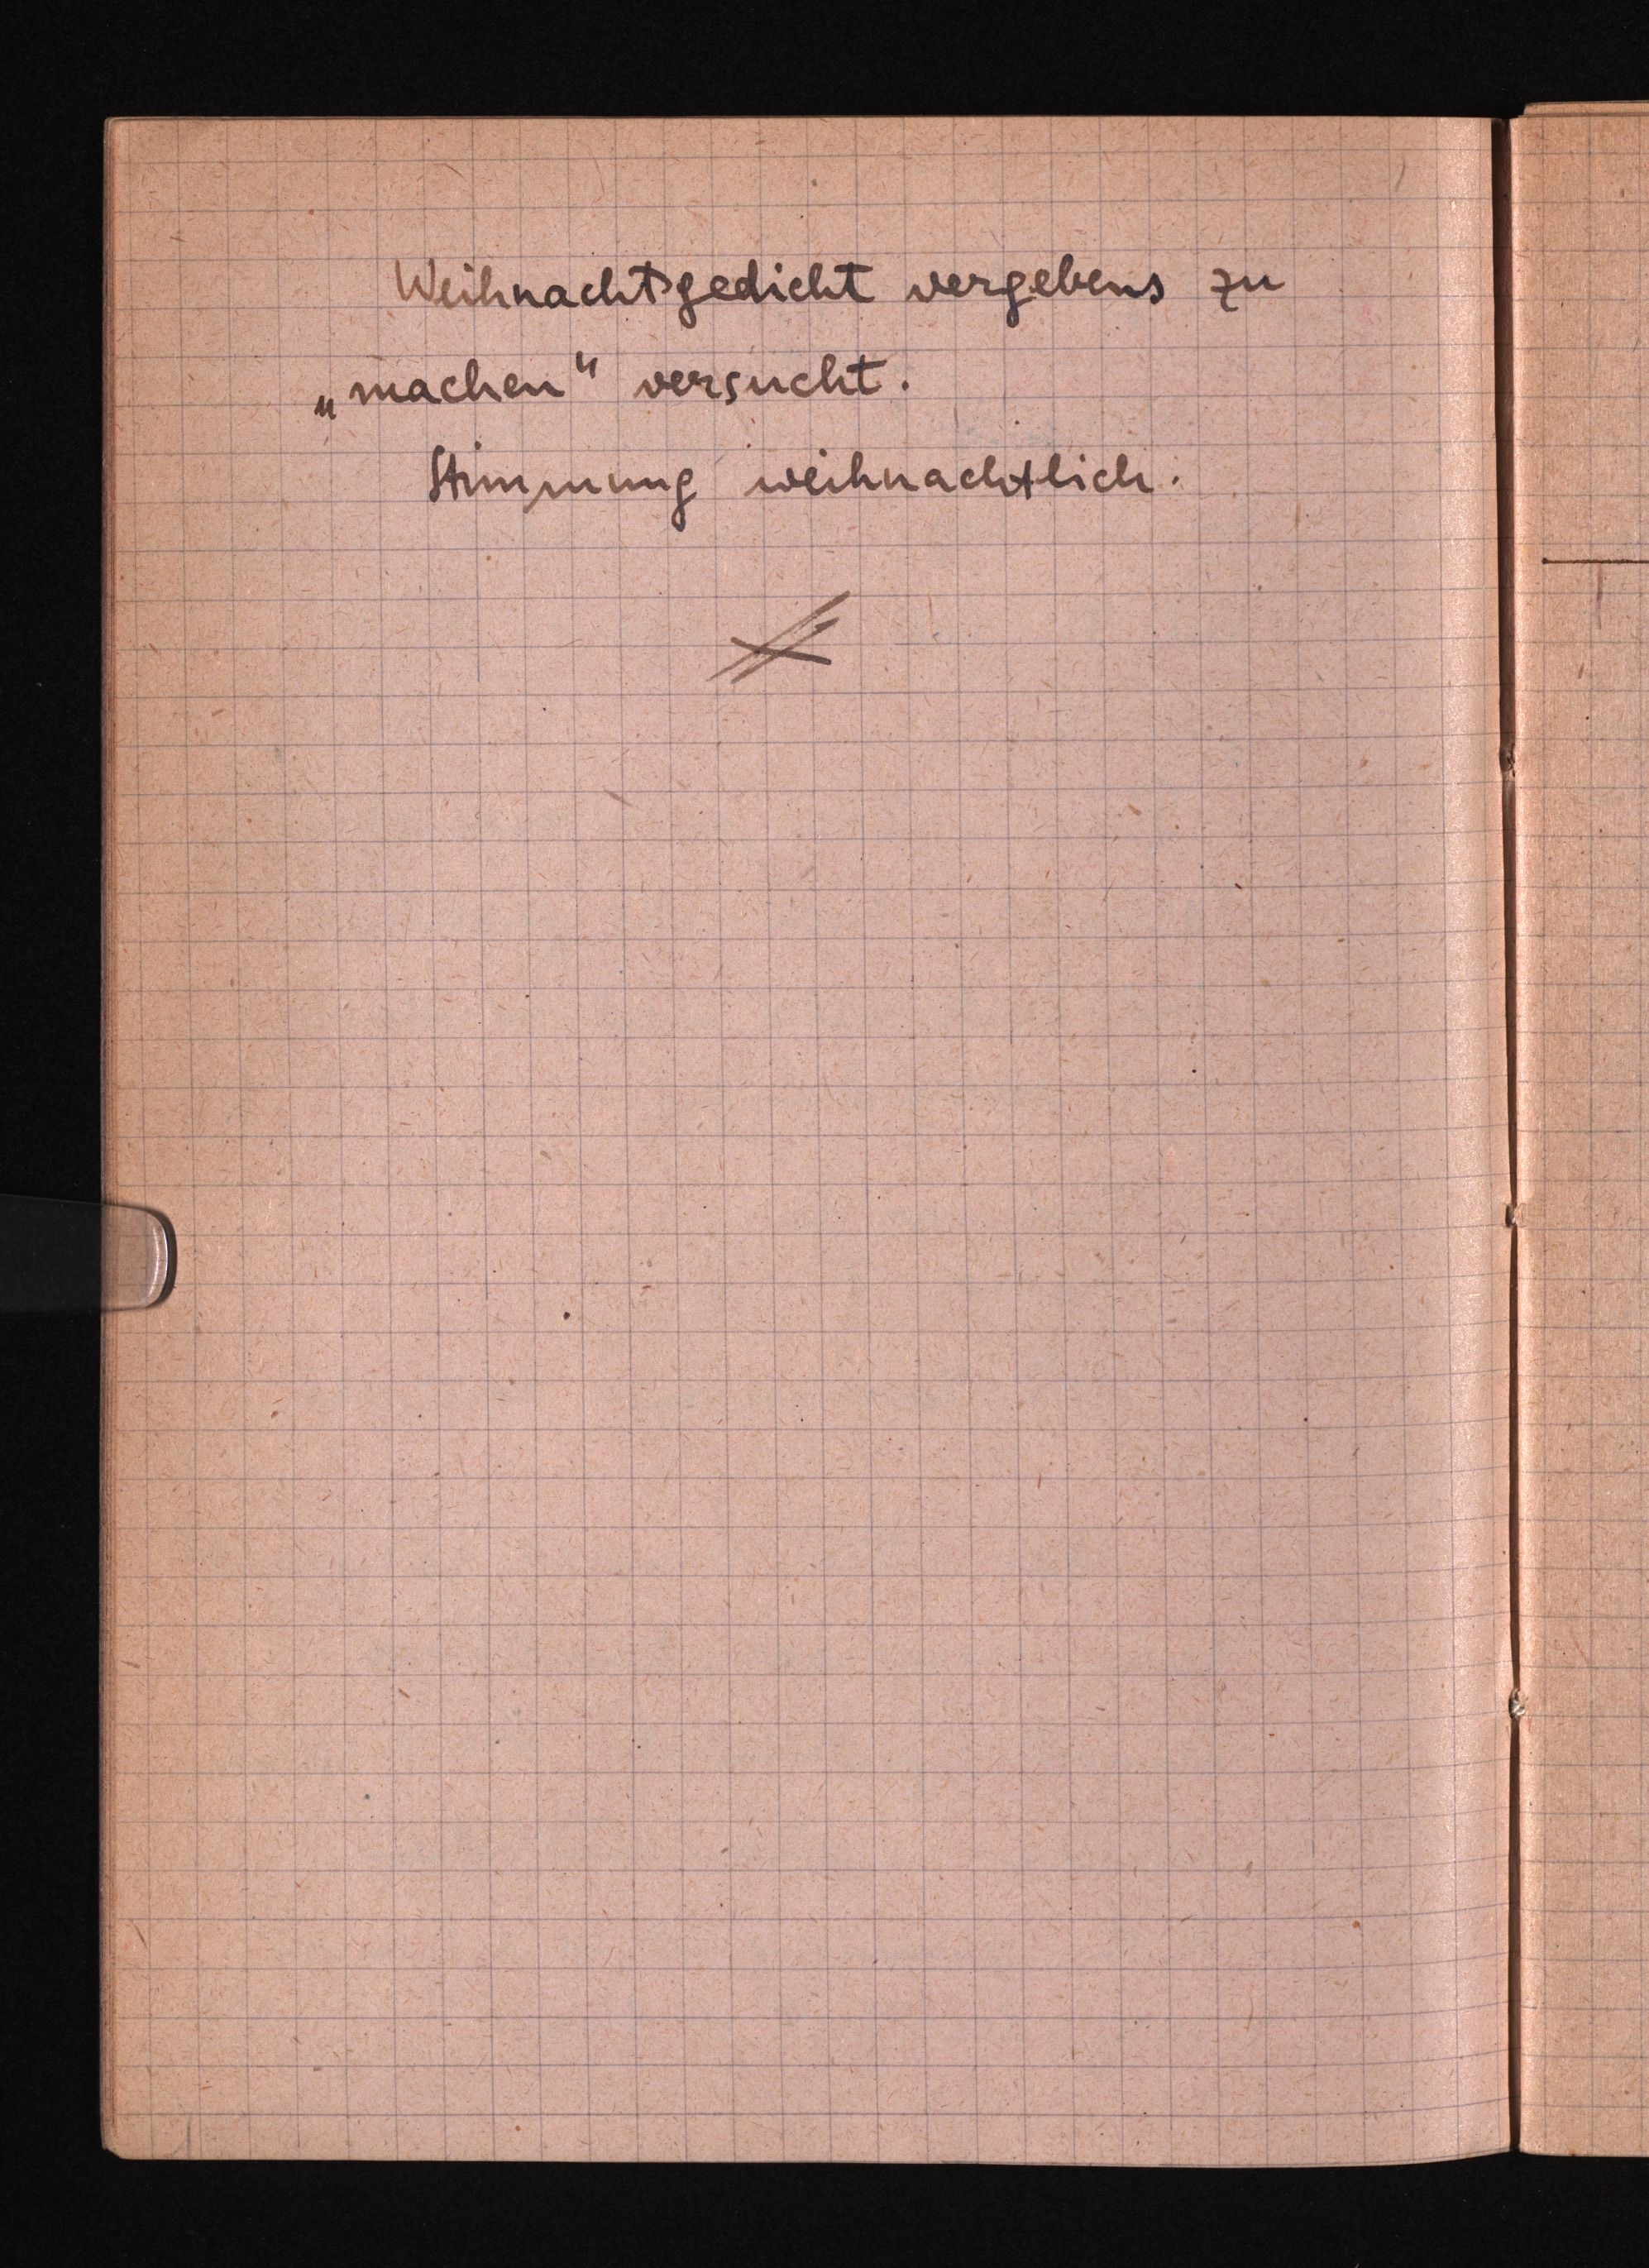
Weihnachtsgedicht vergebens zu
„machen versucht.
Stimmung weihnächtlich.